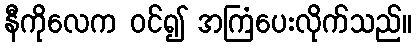
နီကိုလေက ဝင်၍ အကြံပေးလိုက်သည်။